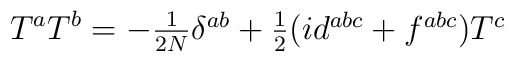
T^{a}T^{b}=-\textstyle{\frac{1}{2N}}\delta^{ab}+\textstyle{\frac{1}{2}}(id^{abc}+f^{abc})T^{c}